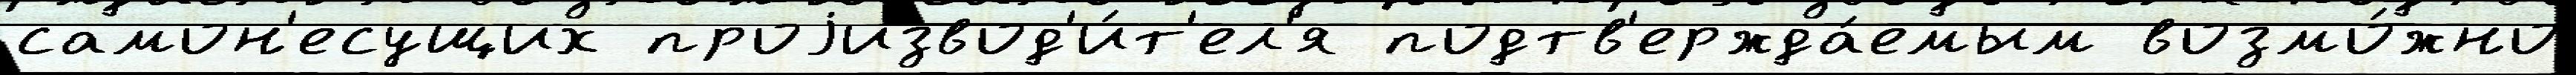
самон'есущих проjизвод'и́т'ел'я подтв'ержда́емым возмо́жно